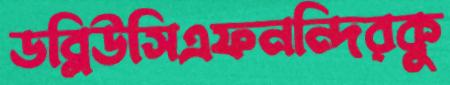
ডব্লিউসিএফনন্দিরকু